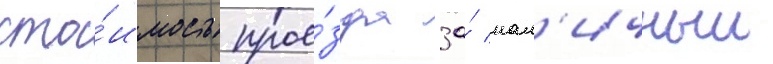
сто́имость прое́зда за́ нал'ичныи